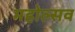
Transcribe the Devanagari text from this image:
महोल्सव